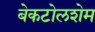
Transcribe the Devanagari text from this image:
बेकटोलशेम